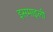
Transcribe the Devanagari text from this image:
इसमाइली